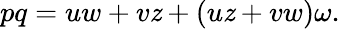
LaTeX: pq=uw+v\mathit{z}+(u\mathit{z}+vw)\omega.